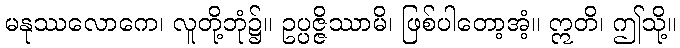
မနုဿလောကေ၊ လူတို့ဘုံ၌။ ဥပ္ပဇ္ဇိဿာမိ၊ ဖြစ်ပါတော့အံ့။ ဣတိ၊ ဤသို့။